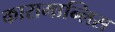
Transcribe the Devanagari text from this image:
कारामान्लिस